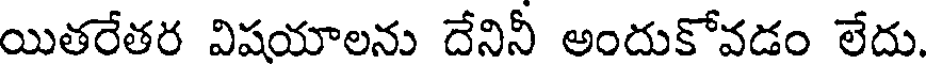
యితరేతర విషయాలను దేనినీ అందుకోవడం లేదు.